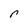
Character: r